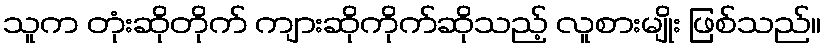
သူက တုံးဆိုတိုက် ကျားဆိုကိုက်ဆိုသည့် လူစားမျိုး ဖြစ်သည်။